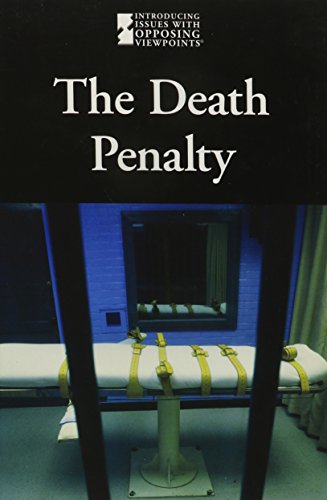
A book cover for The Death Penalty (Introducing Issues With Opposing Viewpoints); Lauri S. Friedman; Teen & Young Adult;